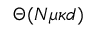
\Theta ( N \mu \kappa d )